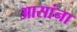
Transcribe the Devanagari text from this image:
आसांना